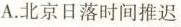
A.北京日落时间推迟